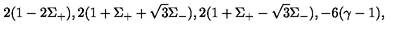
2 ( 1 - 2 \Sigma _ { + } ) , 2 ( 1 + \Sigma _ { + } + \sqrt { 3 } \Sigma _ { - } ) , 2 ( 1 + \Sigma _ { + } - \sqrt { 3 } \Sigma _ { - } ) , - 6 ( \gamma - 1 ) ,